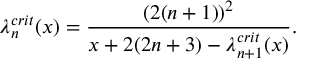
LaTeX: \lambda _ { n } ^ { c r i t } ( x ) = \frac { ( 2 ( n + 1 ) ) ^ { 2 } } { x + 2 ( 2 n + 3 ) - \lambda _ { n + 1 } ^ { c r i t } ( x ) } .